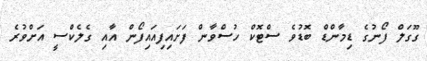
ގޫގަލް ފޯނުގެ ޑިމާންޑް ބޮޑުވެ ސްޓޮކް ހުސްވާން ފަށައިފިއައިފޯން އާއި ގެލެކްސީ އަށްވުރެ